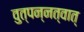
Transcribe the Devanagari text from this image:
वुत्पन्नत्वात्